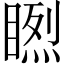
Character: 𥉬